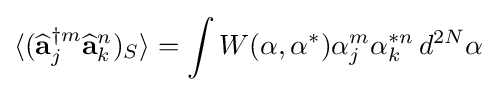
\langle ({\widehat {\mathbf {a} }}_{j}^{\dagger m}{\widehat {\mathbf {a} }}_{k}^{n})_{S}\rangle =\int W(\mathbf {\alpha } ,\mathbf {\alpha } ^{*})\alpha _{j}^{m}\alpha _{k}^{*n}\,d^{2N}\mathbf {\alpha }